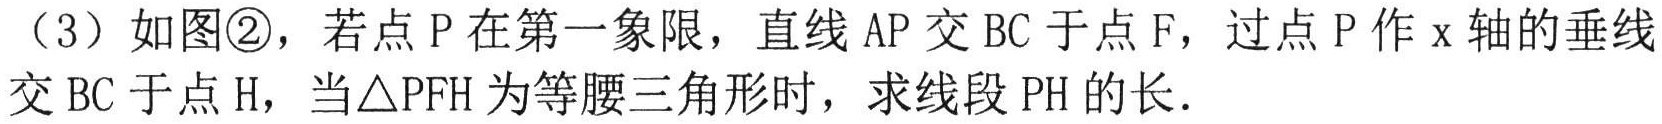
（3）如图\textcircled{2}，若点 P 在第一象限，直线 AP 交 BC 于点 F，过点 P 作 x 轴的垂线交 BC 于点 H，当△PFH 为等腰三角形时，求线段 PH 的长．